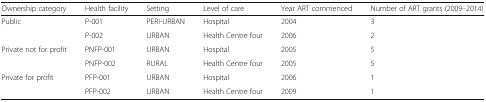
<table><thead><tr><td><b>Ownership category</b></td><td><b>Health facility</b></td><td><b>Setting</b></td><td><b>Level of care</b></td><td><b>Year ART commenced</b></td><td><b>Number of ART grants (2009–2014)</b></td></tr></thead><tbody><tr><td rowspan="2">Public</td><td>P-001</td><td>PERI-URBAN</td><td>Hospital</td><td>2004</td><td>3</td></tr><tr><td>P-002</td><td>URBAN</td><td>Health Centre four</td><td>2006</td><td>2</td></tr><tr><td rowspan="2">Private not for profit</td><td>PNFP-001</td><td>URBAN</td><td>Hospital</td><td>2005</td><td>5</td></tr><tr><td>PNFP-002</td><td>RURAL</td><td>Health Centre four</td><td>2005</td><td>5</td></tr><tr><td rowspan="2">Private for profit</td><td>PFP-001</td><td>URBAN</td><td>Hospital</td><td>2006</td><td>1</td></tr><tr><td>PFP-002</td><td>URBAN</td><td>Health Centre four</td><td>2009</td><td>1</td></tr></tbody></table>